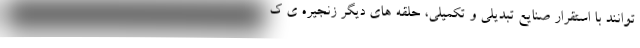
توانند با استقرار صنایع تبدیلی و تکمیلی، حلقه های دیگر زنجیره ی ک